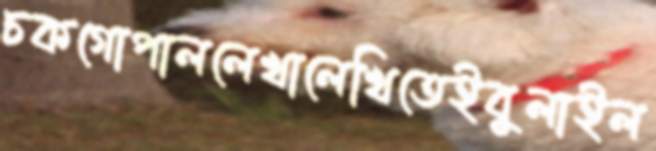
চকগোপাললেখালেখিতেইবুলাইল